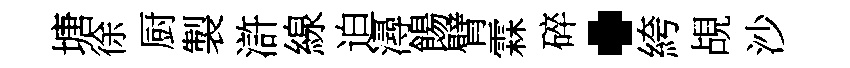
塘徐厨製滸線迫潯餳臂霖碎·絝覘沙